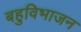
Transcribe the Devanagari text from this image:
बहुविभाजन